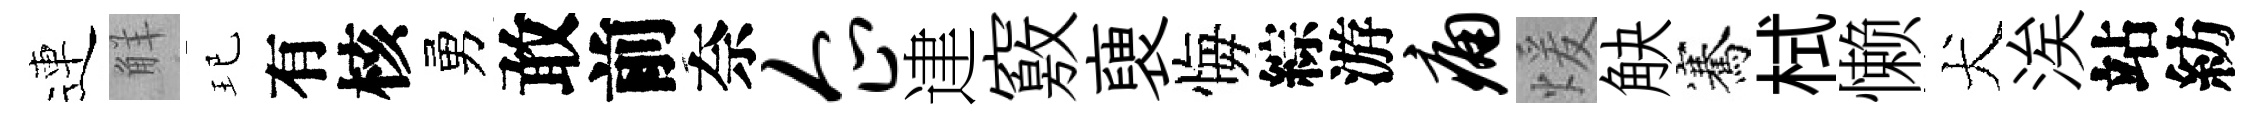
連觧玘有核勇敢前奈企䢖竅褏悔綜游痛煖觖騫栻懒犬涘站紡